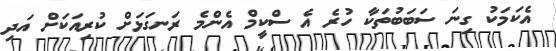
އެކަމަކު ގިނަ ސަބަބުތަކާ ހުރެ އެ ސްކީމް އެންމެ ރަނގަޅަށް ކުރިއަކަށް އަދި